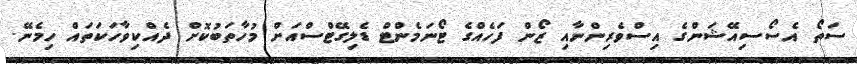
ސަތޯ އެސޯސިއޭޝަންގެ އިސްވެރިންނާއި ޒޯން ފަހެއްގެ ޓޯނަމެންޓް ޑެލިގޭޓްސްއަށް މުހާތަބުކޮށް ދެއްކިވާހަކަތައް ހިމެނޭ.